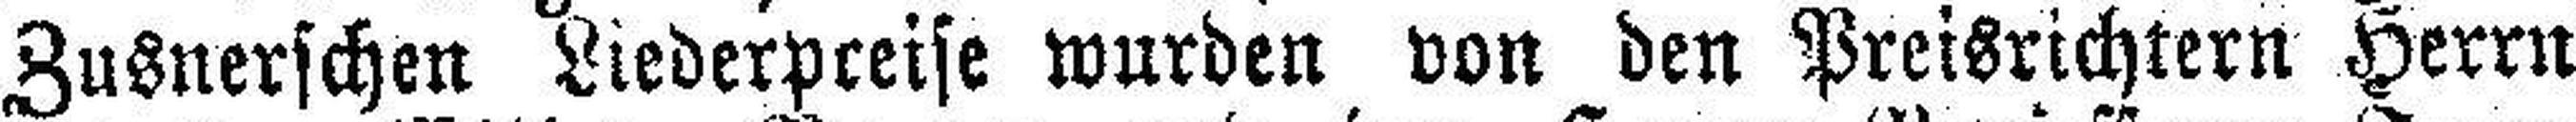
Zusnerschen Liederpceise wurden von den Preisrichtern Herrn